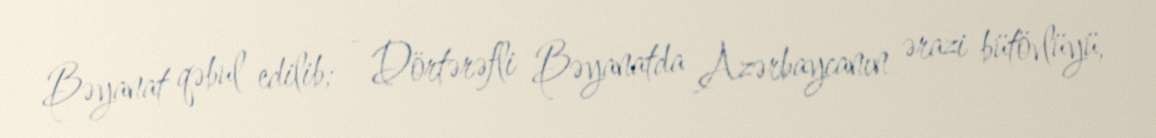
Bəyanat qəbul edilib; - Dörtərəfli Bəyanatda Azərbaycanın ərazi bütövlüyü,